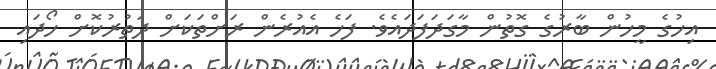
އިހުގެ މީހުން ބާރުގެ ގޮތުން މާގަދަފަދައެވެ. ފަހެ އެއުރެން ރަށްތަކަށް ދަތުރުކޮށް ހޯދައި